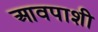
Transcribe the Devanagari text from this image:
आवपाशी